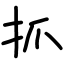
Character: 抓